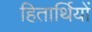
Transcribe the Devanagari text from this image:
हितार्थियों